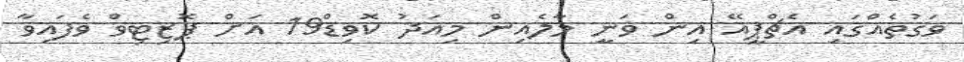
ވަގުތެއްގައި އެޗްޕީއޭ އިން ވަނީ މާލެއިން މިއަދު ކޮވިޑް19 އަށް ޕޮޒިޓިވް ވެފައިވާ